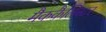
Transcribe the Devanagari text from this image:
मैककैलिस्टर